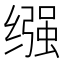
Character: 𫄶